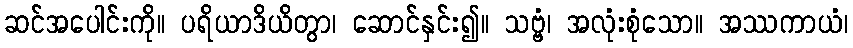
ဆင်အပေါင်းကို။ ပရိယာဒိယိတွာ၊ ဆောင်နှင်း၍။ သဗ္ဗံ၊ အလုံးစုံသော။ အဿကာယံ၊